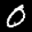
Label: 0